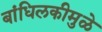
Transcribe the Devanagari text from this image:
बांधिलकीमुळे